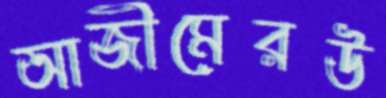
আজীমেরউ